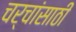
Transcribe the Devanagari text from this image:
चर्चांसाठी